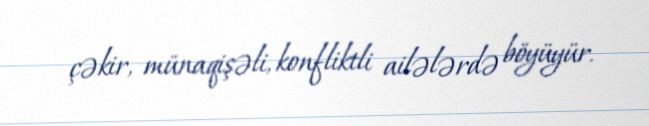
çəkir, münaqişəli, konfliktli ailələrdə böyüyür.